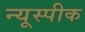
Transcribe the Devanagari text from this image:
न्यूस्पीक